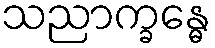
သညာက္ခန္ဓေ